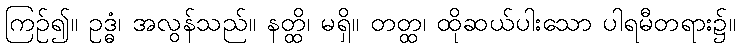
ကြဉ်၍။ ဥဒ္ဓံ၊ အလွန်သည်။ နတ္ထိ၊ မရှိ။ တတ္ထ၊ ထိုဆယ်ပါးသော ပါရမီတရား၌။